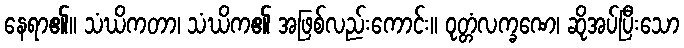
နေရာ၏။ သံဃိကတာ၊ သံဃိက၏ အဖြစ်လည်းကောင်း။ ဝုတ္တံလက္ခဏေ၊ ဆိုအပ်ပြီးသော